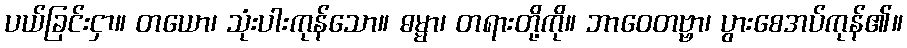
ပယ်ခြင်းငှာ။ တယော၊ သုံးပါးကုန်သော။ ဓမ္မာ၊ တရားတို့ကို။ ဘာဝေတဗ္ဗာ၊ ပွားစေအပ်ကုန်၏။